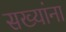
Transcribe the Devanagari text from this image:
सख्यांना